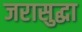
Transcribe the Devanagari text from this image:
जरासुद्धा